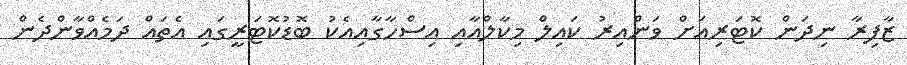
ޒާފިރާ ނިދަން ކޮޓަރިއަށް ވަންއިރު ކައިލް މިކާލްއާއި އިސްހާގާއިއެކު ބޮޑުކޮޓަރީގައި އެތައް ދަމެއްވާންދެން